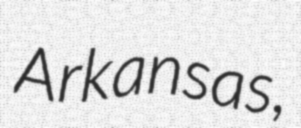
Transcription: Arkansas,